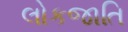
લોકજાતિ